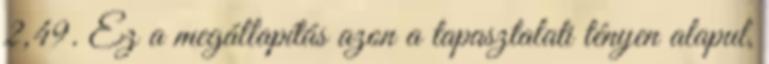
2,49. Ez a megállapítás azon a tapasztalati tényen alapul,